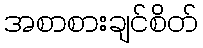
အစာစားချင်စိတ်